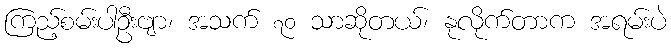
ကြည့်စမ်းပါဦးဗျာ၊ အသက် ၇၀ သာဆိုတယ်၊ နုလိုက်တာက အရမ်းပဲ